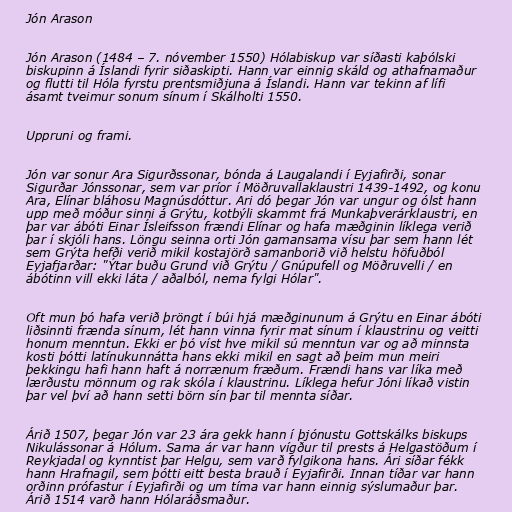
Jón Arason

Jón Arason (1484 – 7. nóvember 1550) Hólabiskup var síðasti kaþólski
biskupinn á Íslandi fyrir siðaskipti. Hann var einnig skáld og athafnamaður
og flutti til Hóla fyrstu prentsmiðjuna á Íslandi. Hann var tekinn af lífi
ásamt tveimur sonum sínum í Skálholti 1550.

Uppruni og frami.

Jón var sonur Ara Sigurðssonar, bónda á Laugalandi í Eyjafirði, sonar
Sigurðar Jónssonar, sem var príor í Möðruvallaklaustri 1439-1492, og konu
Ara, Elínar bláhosu Magnúsdóttur. Ari dó þegar Jón var ungur og ólst hann
upp með móður sinni á Grýtu, kotbýli skammt frá Munkaþverárklaustri, en
þar var ábóti Einar Ísleifsson frændi Elínar og hafa mæðginin líklega verið
þar í skjóli hans. Löngu seinna orti Jón gamansama vísu þar sem hann lét
sem Grýta hefði verið mikil kostajörð samanborið við helstu höfuðból
Eyjafjarðar: "Ýtar buðu Grund við Grýtu / Gnúpufell og Möðruvelli / en
ábótinn vill ekki láta / aðalból, nema fylgi Hólar".

Oft mun þó hafa verið þröngt í búi hjá mæðginunum á Grýtu en Einar ábóti
liðsinnti frænda sínum, lét hann vinna fyrir mat sínum í klaustrinu og veitti
honum menntun. Ekki er þó víst hve mikil sú menntun var og að minnsta
kosti þótti latínukunnátta hans ekki mikil en sagt að þeim mun meiri
þekkingu hafi hann haft á norrænum fræðum. Frændi hans var líka með
lærðustu mönnum og rak skóla í klaustrinu. Líklega hefur Jóni líkað vistin
þar vel því að hann setti börn sín þar til mennta síðar.

Árið 1507, þegar Jón var 23 ára gekk hann í þjónustu Gottskálks biskups
Nikulássonar á Hólum. Sama ár var hann vígður til prests á Helgastöðum í
Reykjadal og kynntist þar Helgu, sem varð fylgikona hans. Ári síðar fékk
hann Hrafnagil, sem þótti eitt besta brauð í Eyjafirði. Innan tíðar var hann
orðinn prófastur í Eyjafirði og um tíma var hann einnig sýslumaður þar.
Árið 1514 varð hann Hólaráðsmaður.